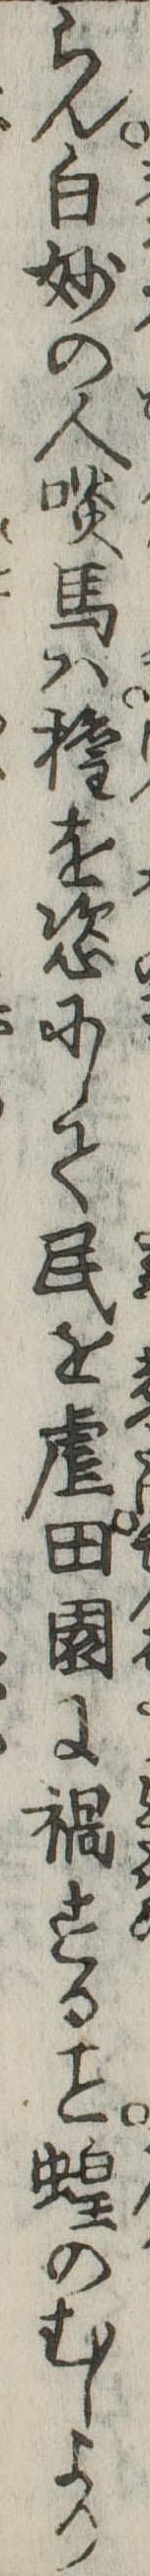
らん白妙の人啖馬は権を恣にして民を虐田園に禍する蝗のむしより